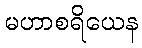
မဟာစရိယေန